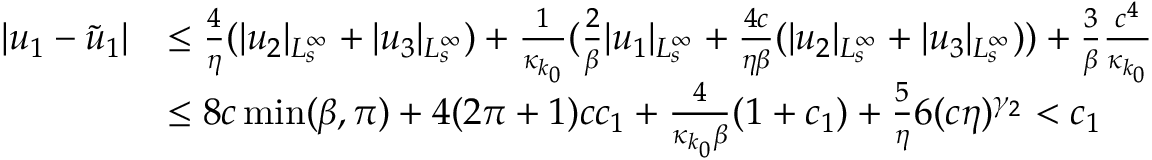
\begin{array} { r l } { \vert u _ { 1 } - \tilde { u } _ { 1 } \vert } & { \le \frac 4 \eta ( \vert u _ { 2 } \vert _ { L _ { s } ^ { \infty } } + \vert u _ { 3 } \vert _ { L _ { s } ^ { \infty } } ) + \frac 1 { \kappa _ { k _ { 0 } } } ( \frac 2 \beta \vert u _ { 1 } \vert _ { L _ { s } ^ { \infty } } + \frac { 4 c } { \eta \beta } ( \vert u _ { 2 } \vert _ { L _ { s } ^ { \infty } } + \vert u _ { 3 } \vert _ { L _ { s } ^ { \infty } } ) ) + \frac 3 \beta \frac { c ^ { 4 } } { \kappa _ { k _ { 0 } } } } \\ & { \le 8 c \operatorname* { m i n } ( \beta , \pi ) + 4 ( 2 \pi + 1 ) c c _ { 1 } + \frac 4 { \kappa _ { k _ { 0 } } \beta } ( 1 + c _ { 1 } ) + \frac 5 \eta 6 ( c \eta ) ^ { \gamma _ { 2 } } < c _ { 1 } } \end{array}